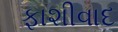
ફાશીવાદ